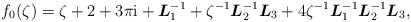
LaTeX: \begin{align*}f_0(\zeta)=\zeta+2+3\pi\mathrm{i}+\boldsymbol L_1^{-1}+\zeta^{-1} \boldsymbol L_2^{-1} \boldsymbol L_3+4\zeta^{-1} \boldsymbol L_1^{-1}\boldsymbol L_2^{-1} \boldsymbol L_3,\end{align*}